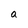
Character: a